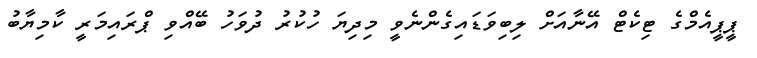
ޕީޕީއެމްގެ ޓިކެޓް އޭނާއަށް ލިބިވަޑައިގެންނެވީ މިދިޔަ ހުކުރު ދުވަހު ބޭއްވި ޕްރައިމަރީ ކާމިޔާބު